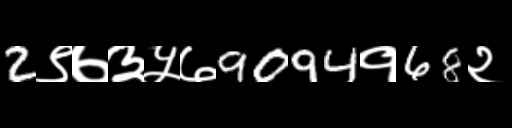
Text: 2९७३५७9094१68२